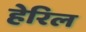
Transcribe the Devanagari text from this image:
हेरिल